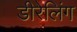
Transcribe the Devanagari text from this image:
डीरेलिंग